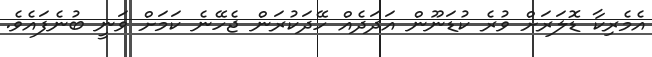
އެމެރިކާ ޑޮލަރަށް ވުރެ ކުޑަނޫން އަދަދެއް ހޭދަކުރަން ޖެހޭނެ ކަމަށް ވަނީ ބުނެފައެވެ.